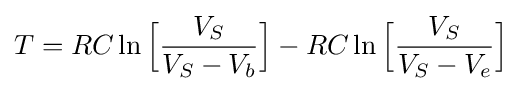
T=RC\ln {\Bigl [}{V_{S} \over {V_{S}-V_{b}}}{\Bigr ]}-RC\ln {\Bigl [}{V_{S} \over {V_{S}-V_{e}}}{\Bigr ]}